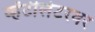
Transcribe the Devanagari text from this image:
व्हेंटीलेटरवर